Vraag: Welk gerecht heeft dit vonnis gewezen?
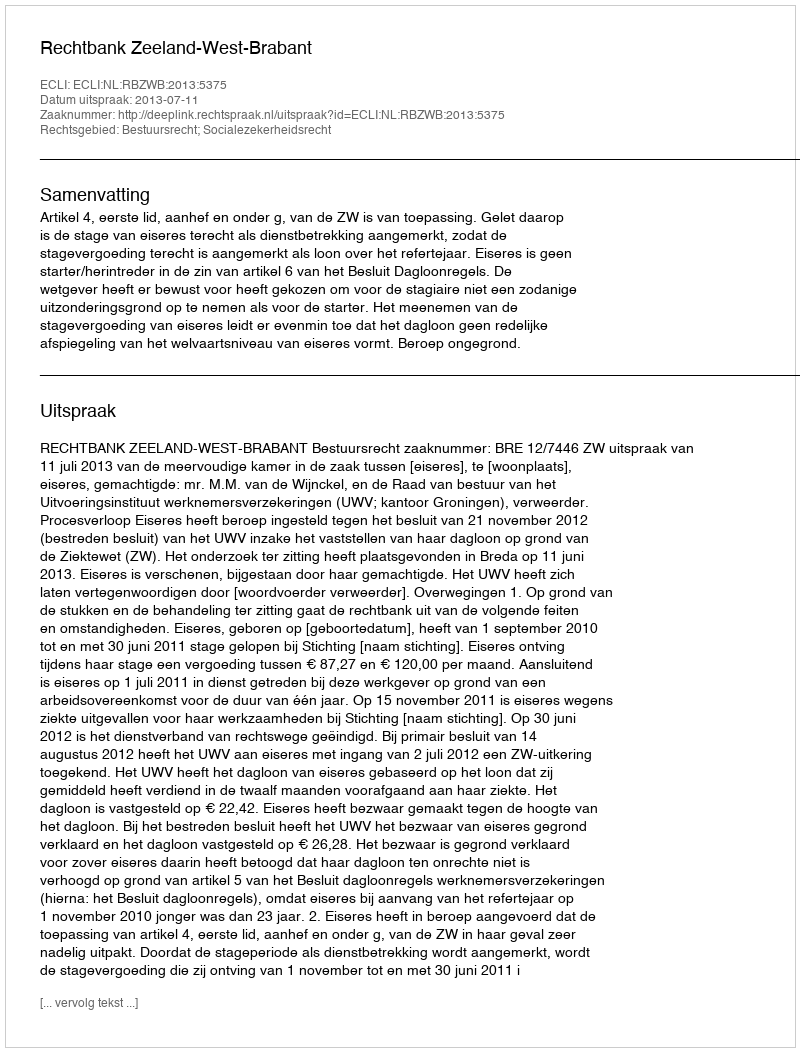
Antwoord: Rechtbank Zeeland-West-Brabant